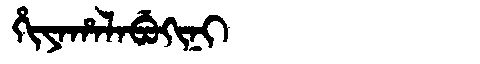
Manchu: ᡥᡳᠶᠠᡥᠠᠯᠠᠪᡠᡴᡳᠨᡳ
Romanization: HIYAHALABUKINI